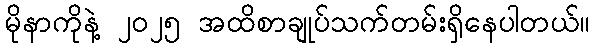
မိုနာကိုနဲ့ ၂၀၂၅ အထိစာချုပ်သက်တမ်းရှိနေပါတယ်။